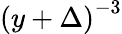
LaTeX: \left(y+\Delta\right)^{-3}